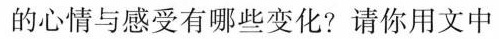
的心情与感受有哪些变化?请你用文中